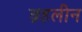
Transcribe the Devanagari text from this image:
ब्रहलीन